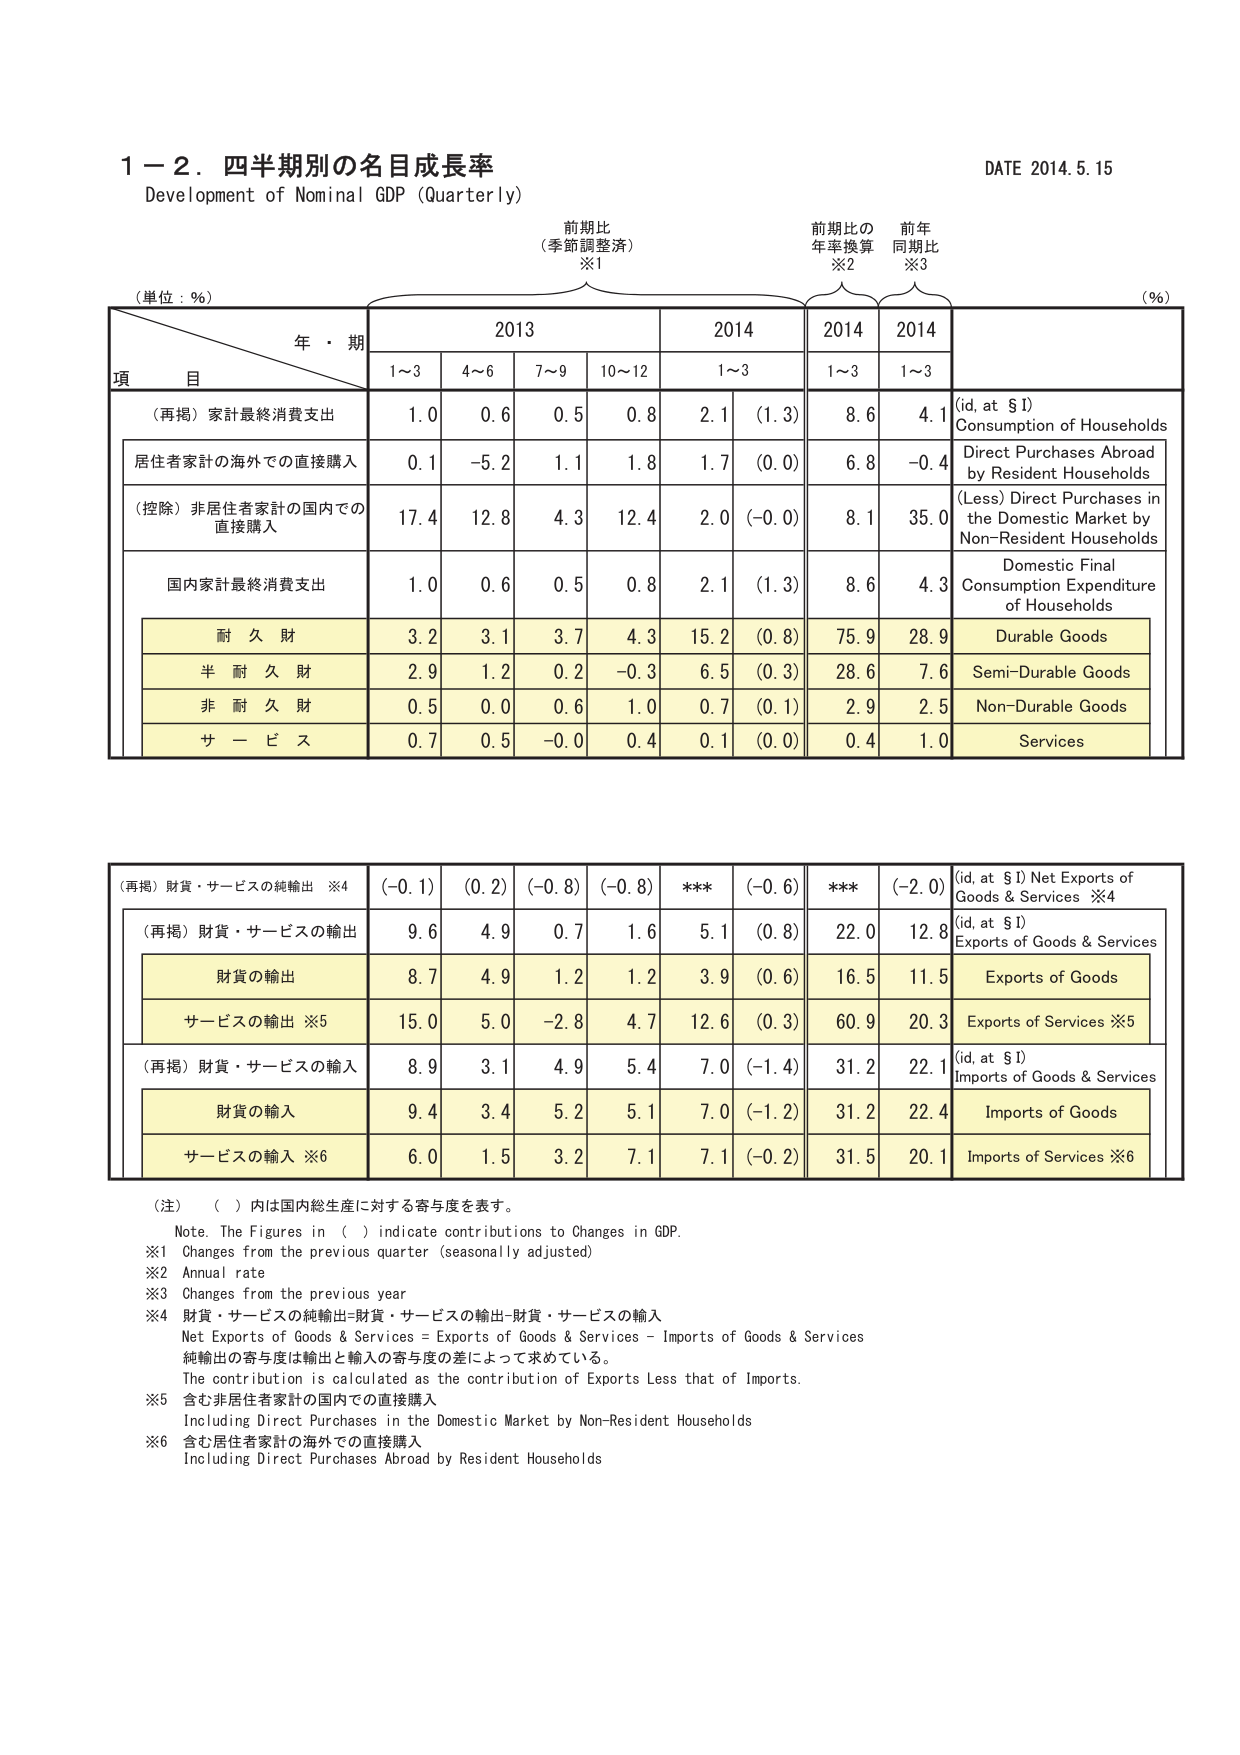
1－2．四半期別の名目成長率
Development of Nominal GDP (Quarterly)
DATE 2014.5.15

(単位：％)
年・期
項 目
前期比
(季節調整済)
※1
前期比の
年率換算
※2
前年
同期比
※3
(％)

2013
2014
2014
2014

1～3
4～6
7～9
10～12
1～3
1～3
1～3

(再掲) 家計最終消費支出
1.0
0.6
0.5
0.8
2.1
(1.3)
8.6
4.1
(id, at $I)
Consumption of Households

居住者家計の海外での直接購入
0.1
-5.2
1.1
1.8
1.7
(0.0)
6.8
-0.4
Direct Purchases Abroad
by Resident Households

(控除) 非居住者家計の国内での
直接購入
17.4
12.8
4.3
12.4
2.0
(-0.0)
8.1
35.0
(Less) Direct Purchases in
the Domestic Market by
Non-Resident Households

国内家計最終消費支出
1.0
0.6
0.5
0.8
2.1
(1.3)
8.6
4.3
Domestic Final
Consumption Expenditure
of Households

耐 久 財
3.2
3.1
3.7
4.3
15.2
(0.8)
75.9
28.9
Durable Goods

半 耐 久 財
2.9
1.2
0.2
-0.3
6.5
(0.3)
28.6
7.6
Semi-Durable Goods

非 耐 久 財
0.5
0.0
0.6
1.0
0.7
(0.1)
2.9
2.5
Non-Durable Goods

サ ー ビ ス
0.7
0.5
-0.0
0.4
0.1
(0.0)
0.4
1.0
Services

(再掲) 財貨・サービスの純輸出 ※4
(-0.1)
(0.2)
(-0.8)
(-0.8)
***
(-0.6)
***
(-2.0)
(id, at $I) Net Exports of
Goods & Services ※4

(再掲) 財貨・サービスの輸出
9.6
4.9
0.7
1.6
5.1
(0.8)
22.0
12.8
(id, at $I)
Exports of Goods & Services

財貨の輸出
8.7
4.9
1.2
1.2
3.9
(0.6)
16.5
11.5
Exports of Goods

サービスの輸出 ※5
15.0
5.0
-2.8
4.7
12.6
(0.3)
60.9
20.3
Exports of Services ※5

(再掲) 財貨・サービスの輸入
8.9
3.1
4.9
5.4
7.0
(-1.4)
31.2
22.1
(id, at $I)
Imports of Goods & Services

財貨の輸入
9.4
3.4
5.2
5.1
7.0
(-1.2)
31.2
22.4
Imports of Goods

サービスの輸入 ※6
6.0
1.5
3.2
7.1
7.1
(-0.2)
31.5
20.1
Imports of Services ※6

（注） （ ）内は国内総生産に対する寄与度を表す。
Note. The Figures in ( ) indicate contributions to Changes in GDP.
※1 Changes from the previous quarter (seasonally adjusted)
※2 Annual rate
※3 Changes from the previous year
※4 財貨・サービスの純輸出=財貨・サービスの輸出-財貨・サービスの輸入
Net Exports of Goods & Services = Exports of Goods & Services - Imports of Goods & Services
純輸出の寄与度は輸出と輸入の寄与度の差によって求めている。
The contribution is calculated as the contribution of Exports Less that of Imports.
※5 含む非居住者家計の国内での直接購入
Including Direct Purchases in the Domestic Market by Non-Resident Households
※6 含む居住者家計の海外での直接購入
Including Direct Purchases Abroad by Resident Households